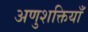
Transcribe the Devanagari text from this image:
अणुशक्तियाँ